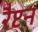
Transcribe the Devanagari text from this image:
रैप्टन